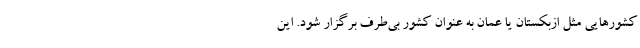
کشورهایی مثل ازبکستان یا عمان به عنوان کشور بی‌طرف برگزار شود. این